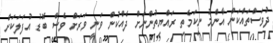
ދުވަސްތައްކަން އާންމު ނިކަމެތި ރައްޔިތުންނަށް ދެއްކުން ވަނީ ވަރަށް ވެސް ބޮޑު އުފަލަކަށް